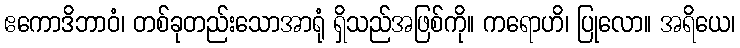
ဧကောဒိဘာဝံ၊ တစ်ခုတည်းသောအာရုံ ရှိသည်အဖြစ်ကို။ ကရောဟိ၊ ပြုလော။ အရိယေ၊